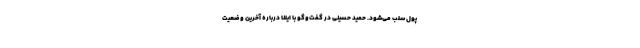
پول سلب می‌شود. حمید حسینی در گفت‌وگو با ایلنا درباره آخرین وضعیت